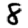
Digit: 8